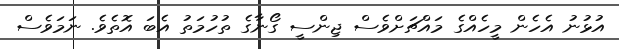
އުޅުނު އެހެން މީހެއްގެ މައްޗަށްވެސް ޖިންސީ ގޯނާގެ ތުހުމަތު އެބަ އޮތެވެ. ނަމަވެސް